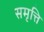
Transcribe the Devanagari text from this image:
समृत्ति